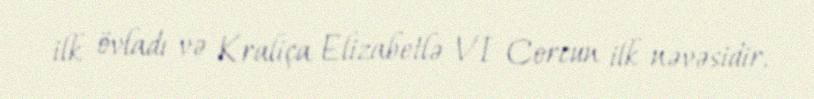
ilk övladı və Kraliça Elizabetlə VI Corcun ilk nəvəsidir.